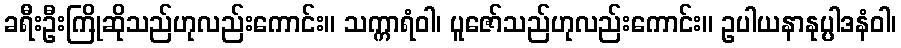
ခရီးဦးကြိုဆိုသည်ဟုလည်းကောင်း။ သက္ကာရံဝါ၊ ပူဇော်သည်ဟုလည်းကောင်း။ ဥပါယနာနုပ္ပါဒနံဝါ၊